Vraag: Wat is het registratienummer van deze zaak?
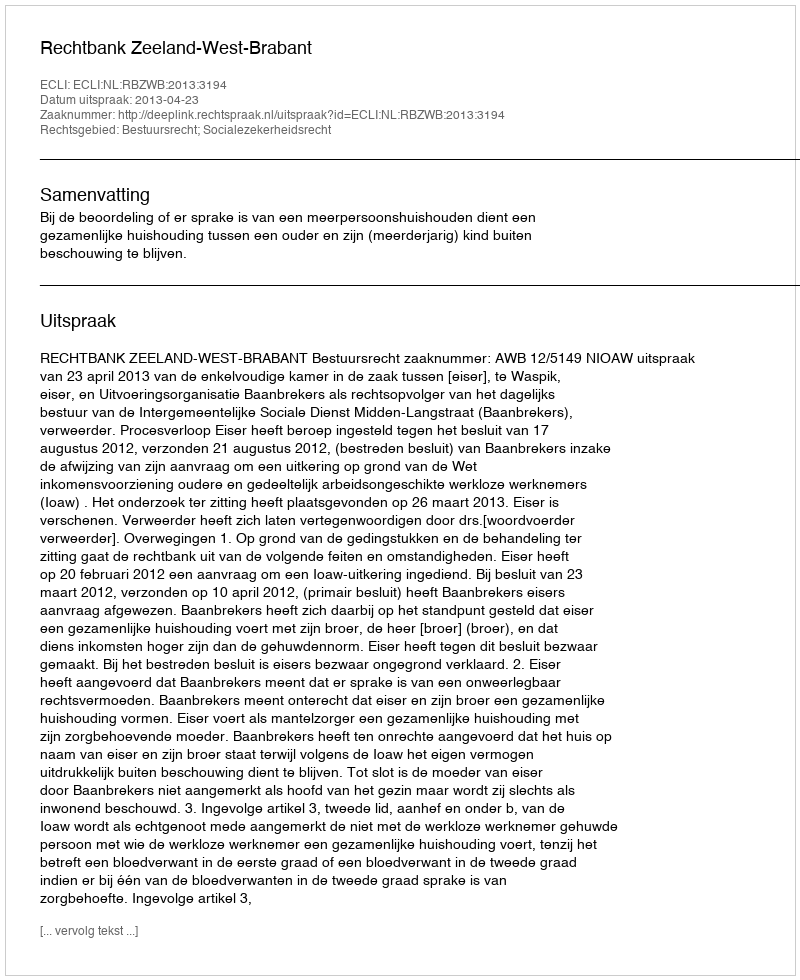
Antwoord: http://deeplink.rechtspraak.nl/uitspraak?id=ECLI:NL:RBZWB:2013:3194